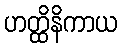
ဟတ္ထိနိကာယ